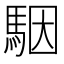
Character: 駰